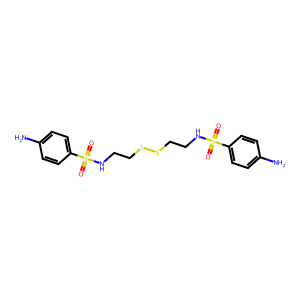
SMILES: Nc1ccc(S(=O)(=O)NCCSSCCNS(=O)(=O)c2ccc(N)cc2)cc1
Inhibits HIV replication: No